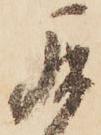
罷